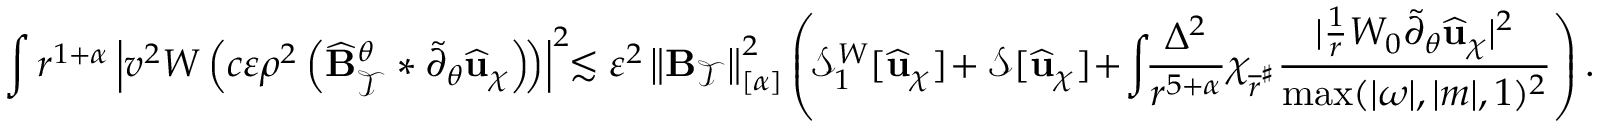
\int r ^ { 1 + \alpha } \left| v ^ { 2 } W \left( c \varepsilon \rho ^ { 2 } \left( \widehat { \mathbf { B } } _ { \mathcal { T } } ^ { \theta } * \widetilde { \partial } _ { \theta } \widehat { \mathbf { u } } _ { \chi } \right) \! \right) \right| ^ { 2 } \! \! \lesssim \varepsilon ^ { 2 } \left\lVert \mathbf { B } _ { \mathcal { T } } \right\rVert _ { [ \alpha ] } ^ { 2 } \left( \! \mathcal { S } _ { 1 } ^ { W } [ \widehat { \mathbf { u } } _ { \chi } ] \! + \mathcal { S } [ \widehat { \mathbf { u } } _ { \chi } ] \! + \! \int \! \! \frac { \Delta ^ { 2 } } { r ^ { 5 + \alpha } } \chi _ { \overline { { r } } ^ { \sharp } } \frac { | \frac { 1 } { r } W _ { 0 } \widetilde { \partial } _ { \theta } \widehat { \mathbf { u } } _ { \chi } | ^ { 2 } } { \operatorname* { m a x } ( | \omega | , | m | , 1 ) ^ { 2 } } \right) .